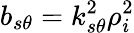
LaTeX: b_{s\theta}=k_{s\theta}^{2}\rho_{i}^{2}